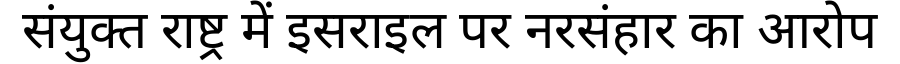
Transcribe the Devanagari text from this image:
संयुक्त राष्ट्र में इसराइल पर नरसंहार का आरोप